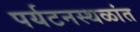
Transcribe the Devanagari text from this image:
पर्यटनस्थळांत